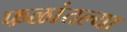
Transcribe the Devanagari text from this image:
फळांतल्या